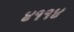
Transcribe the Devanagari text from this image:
४११४